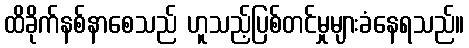
ထိခိုက်နစ်နာစေသည် ဟူသည့်ပြစ်တင်မှုများခံနေရသည်။